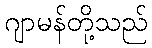
ဂျာမန်တို့သည်